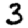
Digit: 3